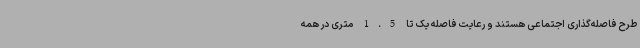
طرح فاصله‌گذاری اجتماعی هستند و رعایت فاصله یک تا 1.5 متری در همه